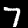
Label: 7